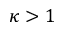
\kappa > 1